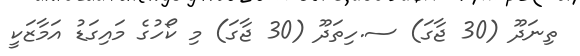
ތިނަދޫ (30 ޖާގަ) ސ.ހިތަދޫ (30 ޖާގަ) މި ކޯހުގެ މައިގަޑު އަމާޒަކީ